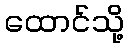
ထောင်သို့